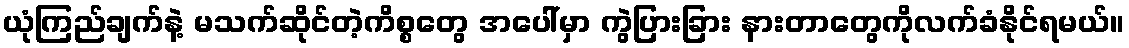
ယုံကြည်ချက်နဲ့ မသက်ဆိုင်တဲ့ကိစ္စတွေ အပေါ်မှာ ကွဲပြားခြား နားတာတွေကိုလက်ခံနိုင်ရမယ်။